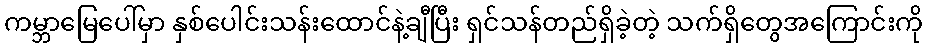
ကမ္ဘာမြေပေါ်မှာ နှစ်ပေါင်းသန်းထောင်နဲ့ချီပြီး ရှင်သန်တည်ရှိခဲ့တဲ့ သက်ရှိတွေအကြောင်းကို